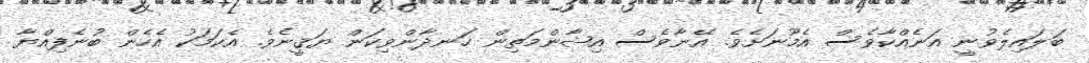
ބަލައިލެވުނީ އަނެއްކާވެސް އެމޫނަށެވެ. އޭނާވެސް އިޝާންމަތިން ހަނދާންވިކަން ޔަޤީނެވެ. އެކަމަކު އެހެން ބުނެފިއްޔާ